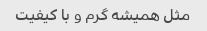
مثل همیشه گرم و با کیفیت